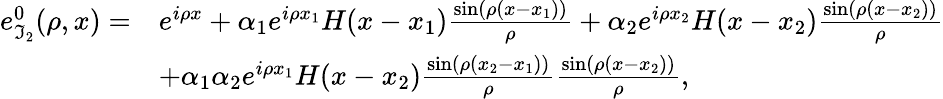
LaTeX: \begin{array}{rl}{e_{\mathfrak{I}_{2}}^{0}(\rho,x)=}&{e^{i\rho x}+\alpha_{1}e^{i\rho x_{1}}H(x-x_{1})\frac{\sin(\rho(x-x_{1}))}{\rho}+\alpha_{2}e^{i\rho x_{2}}H(x-x_{2})\frac{\sin(\rho(x-x_{2}))}{\rho}}\\ &{+\alpha_{1}\alpha_{2}e^{i\rho x_{1}}H(x-x_{2})\frac{\sin(\rho(x_{2}-x_{1}))}{\rho}\frac{\sin(\rho(x-x_{2}))}{\rho},}\end{array}